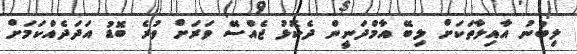
ލިބުނު އާއިލާތަކަށް ލިބޭ އާމްދަނީން ދެކޮޅު ޖެއްސޭ ވަރަށް ވުރެ ބޮޑު އަދަދެއްކަމަށް